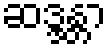
ဆဒ္ဒန္တာ